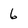
Character: 6